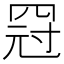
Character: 𱺿